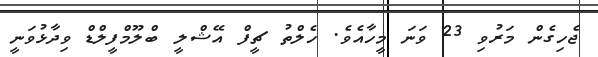
ޖެހިގެން މަރުވި 23 ވަނަ މީހާއެވެ. ހެލްތު ޗީފް އޭޝްލީ ބްލޫމްފީލްޑް ވިދާޅުވަނީ